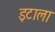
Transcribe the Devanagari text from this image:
इटाला